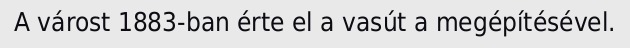
A várost 1883-ban érte el a vasút a megépítésével.